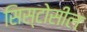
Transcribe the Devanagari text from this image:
सिस्टोसील